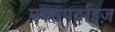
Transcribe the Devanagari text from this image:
एक्सपर्टाइज़